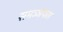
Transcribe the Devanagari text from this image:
समञ्ञफल